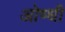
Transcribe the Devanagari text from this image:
ओष्धी